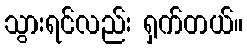
သွားရင်လည်း ရှက်တယ်။